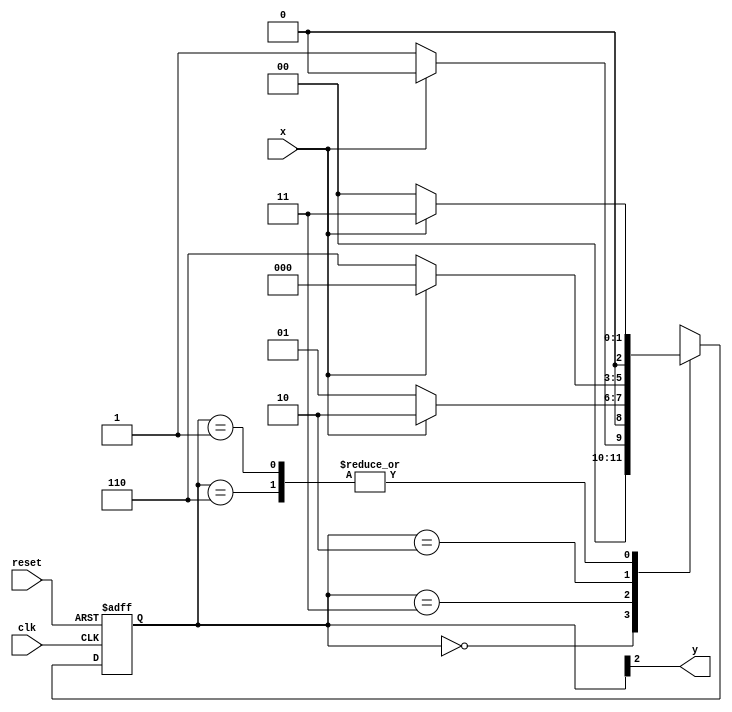
// -----------------------------------------------------
// Guia 10-02
// Nome: Ludmily Caldeira da Silva e Larissa Fernandes
// -----------------------------------------------------


// --------------
// --- Moore FSM
// --------------


// constant definition
`define found    1
`define notfound 0

// FSM by Moore
module  seq0110_moore ( y, x, clk, reset );
 output y;
 input  x;
 input  clk;
 input  reset;

 reg    y;

 parameter        // state identifiers
   start  = 3'b000,
   id1    = 3'b001,
   id11   = 3'b011,
   id110  = 3'b010,
   id1101 = 3'b110;  //  signal found

   reg [2:0] E1;	// current state variables
   reg [2:0] E2;	// next state logic output

// next state logic
   always @( x or E1 )
    begin
     case( E1 )
      start:
        if ( x )
         E2 = start;
        else
         E2 = id1;
      id1:
        if ( x )
         E2 = id11;
        else
         E2 = start;
      id11:
        if ( x )
         E2 = id110;
        else
         E2 = id1;
      id110:
        if ( x )
         E2 = start;
        else
         E2 = id1101;
      id1101:
        if ( x )
         E2 = id11;
        else
         E2 = start;
     default:   // undefined statee  
         E2 = 3'bxxx;
     endcase
    end // always at signal or state changing

// state variables
   always @( posedge clk or negedge reset )
    begin
     if ( reset )
      E1 = E2;    // updates current state
     else
      E1 = 0;     // reset
    end // always at signal changing

// output logic
   always @( E1 )
    begin
     y = E1[2];   // first bit of state value
    end // always at state changing

endmodule // seq1101_moore